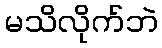
မသိလိုက်ဘဲ